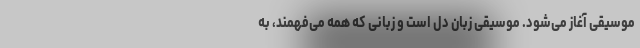
موسیقی آغاز می‌شود. موسیقی زبان دل است و زبانی که همه می‌فهمند، به